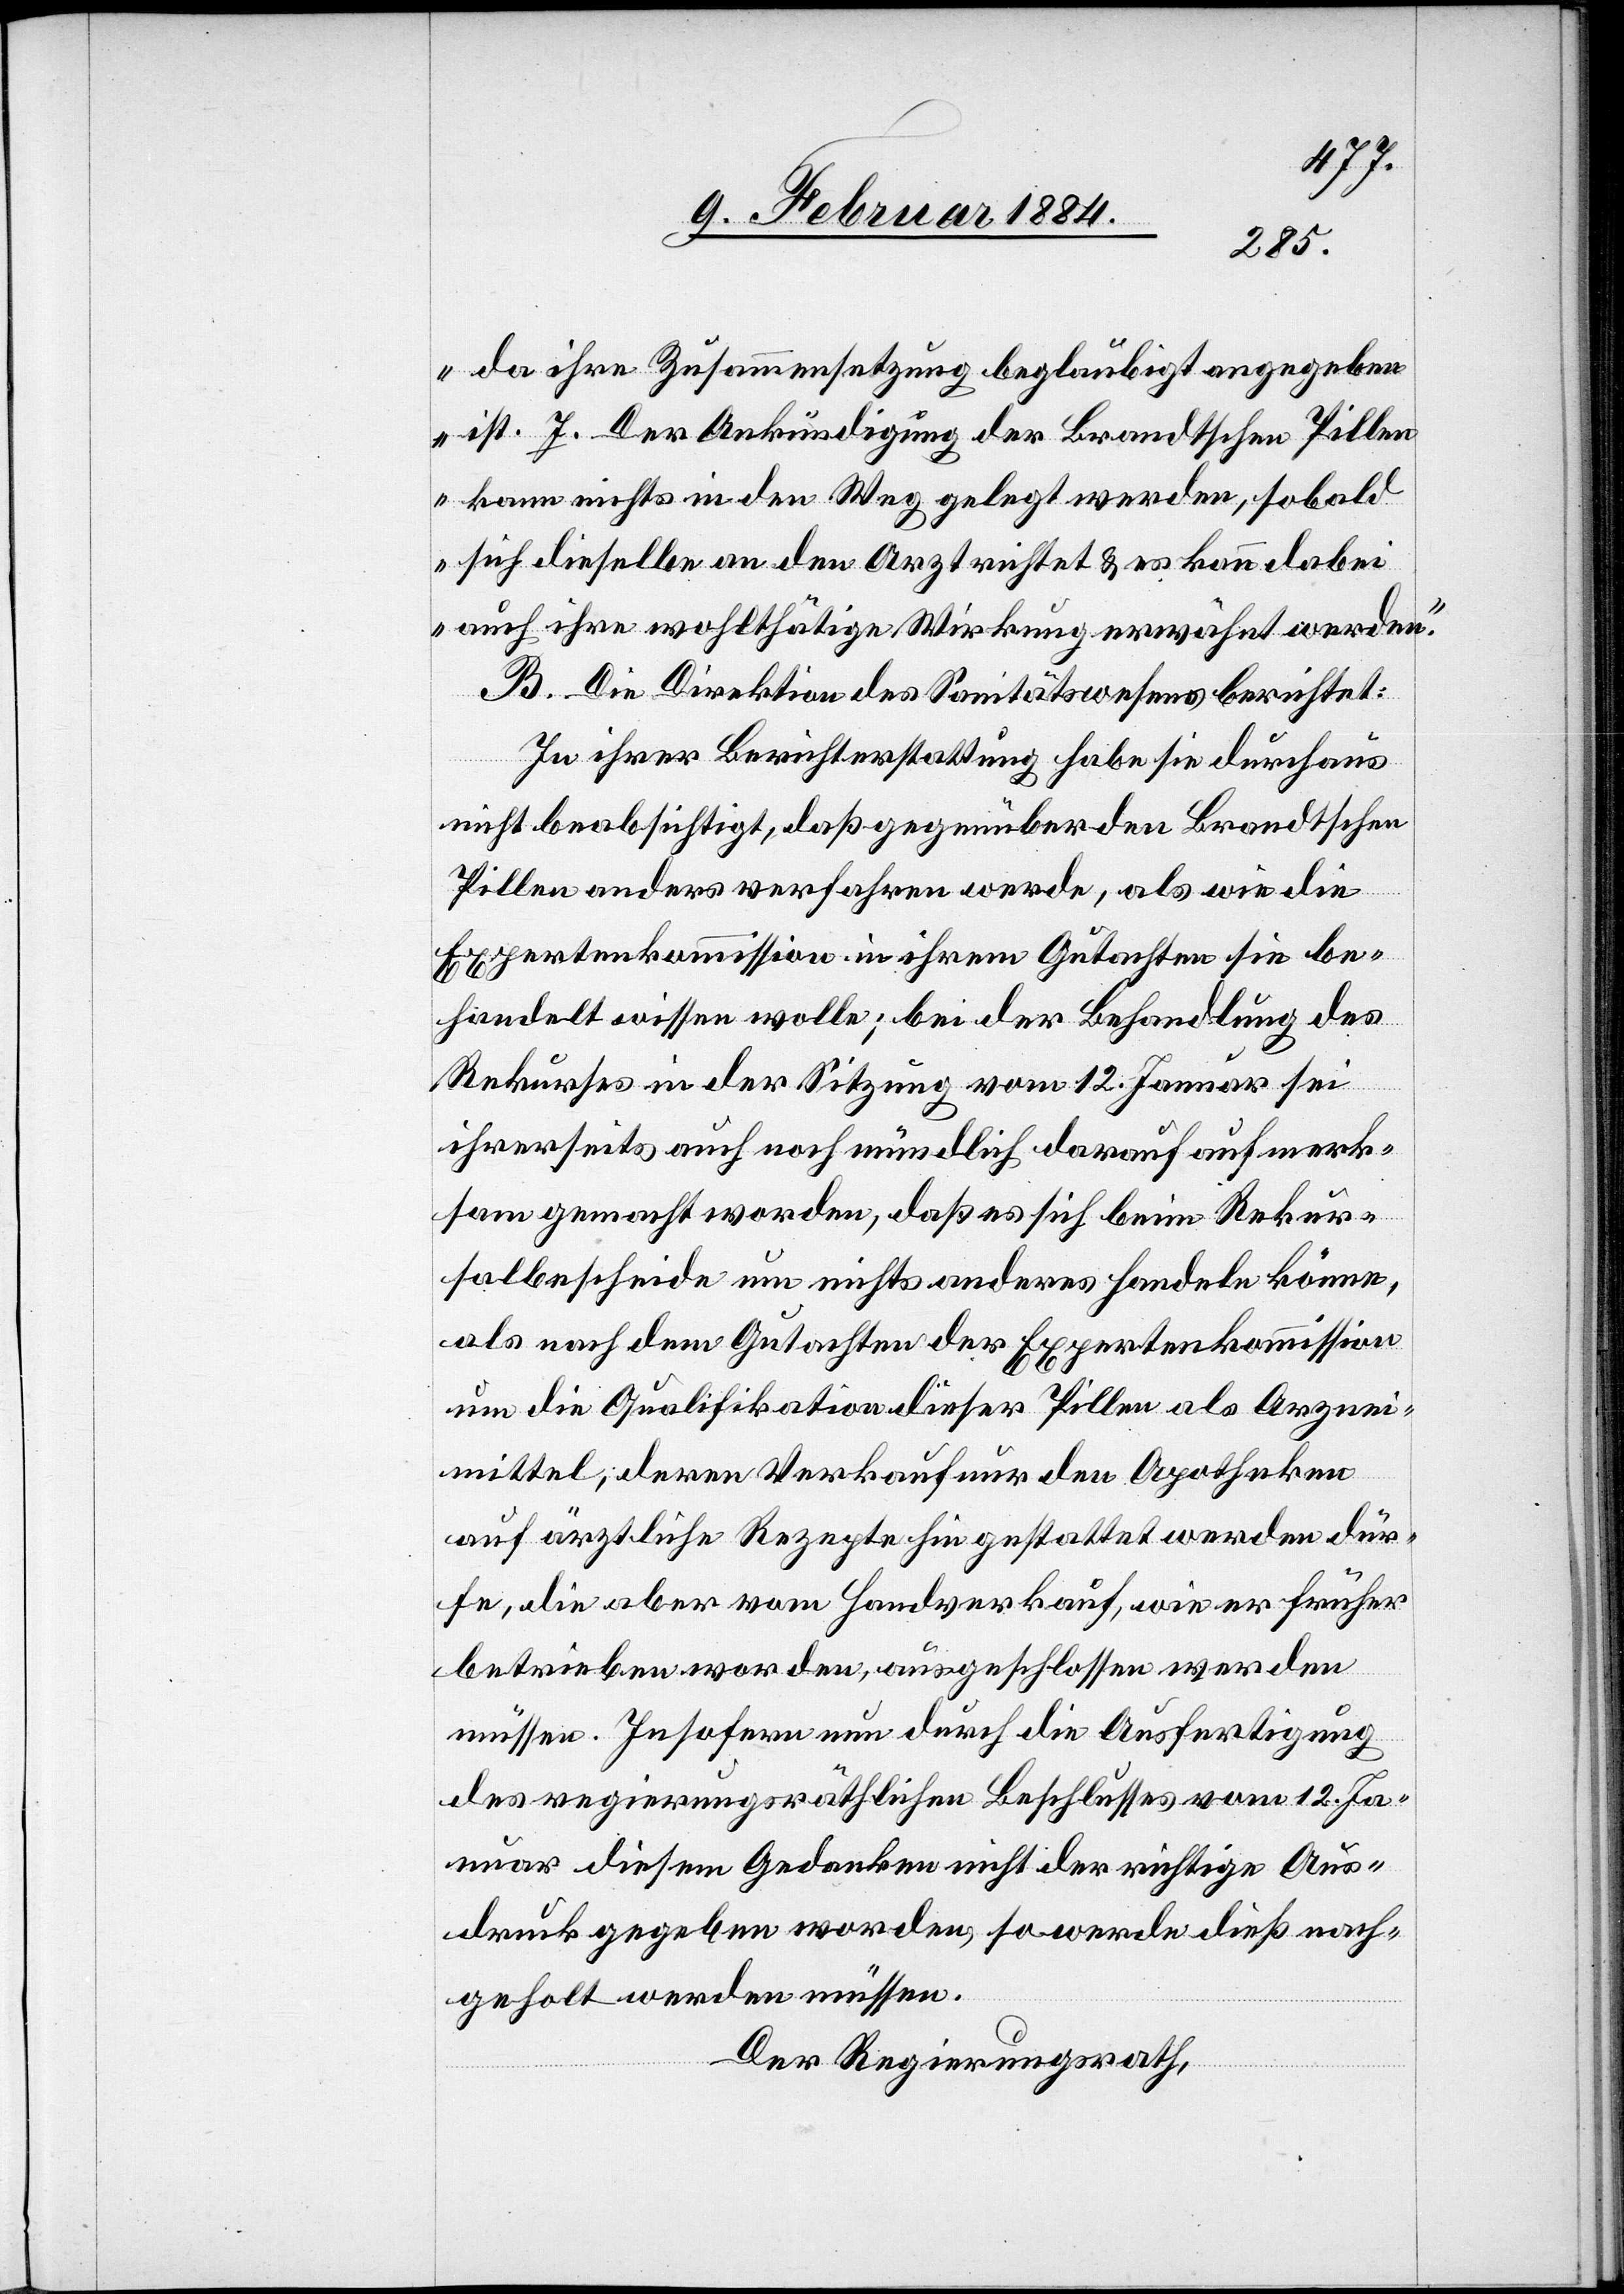
da ihre Zusammensetzung beglaubigt angegeben
ist. 7. Der Ankündigung der Brandtschen Pillen
kann nichts in den Weg gelegt werden, sobald
sich dieselbe an den Arzt richtet & es kann dabei
auch ihre wohlthätige Wirkung erwähnt werden.“
B. Die Direktion des Sanitätswesens berichtet:
In Ihrer Berichterstattung habe sie durchaus
nicht beabsichtigt, daß gegenüber den Brandtschen
Pillen anders verfahren werde, als wie die
Expertenkommission in ihrem Gutachten sie be¬
handelt wissen wolle; bei der Behandlung des
Rekurses in der Sitzung vom 12. Januar sei
ihrerseits auch noch mündlich darauf aufmerk¬
sam gemacht worden, daß es sich beim Rekur¬
salbescheid um nichts anderes handeln könne,
als nach dem Gutachten der Expertenkommission
um die Qualifikation dieser Pillen als Arznei¬
mittel, deren Verkauf nur den Apotheken
auf ärztliche Rezepte hin gestattet werden dür¬
fe, die aber vom Handverkauf, wie er früher
betreiben worden, ausgeschlossen werden
müssen. Insofern nun durch die Ausfertigung
des regierungsräthlichen Beschlusses vom 12. Ja¬
nuar diesem Gedanken nicht der richtige Aus¬
druck gegeben worden, so werde dieß nach¬
geholt werden müssen.
Der Regierungsrath,